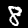
Label: 8